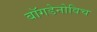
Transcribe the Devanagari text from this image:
बॉगडेनोविच